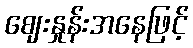
ဈေးနှုန်းအနေဖြင့်